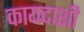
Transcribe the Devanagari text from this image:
कायदाशी